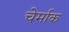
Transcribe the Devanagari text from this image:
चेर्माक